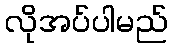
လိုအပ်ပါမည်